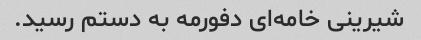
شیرینی خامه‌ای دفورمه به دستم رسید.